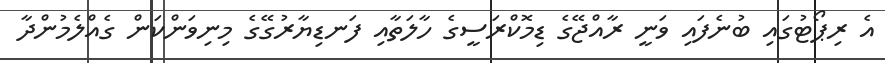
އެ ރިޕޯޓުގައި ބުނެފައި ވަނީ ރާއްޖޭގެ ޑިމޮކްރަސީގެ ހާލަތާއި ފަނޑިޔާރުގޭގެ މިނިވަންކަން ގެއްލެމުންދާ